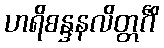
ဟရိစန္ဒနလိတ္တင်္ဂိံ